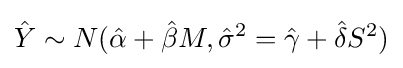
{\hat {Y}}\sim N({\hat {\alpha }}+{\hat {\beta }}M,{\hat {\sigma }}^{2}={\hat {\gamma }}+{\hat {\delta }}S^{2})